Annual report of the Punjab Veterinary College and of the Civil Veterinary Department, Punjab - 1920-1925
Year: 1920
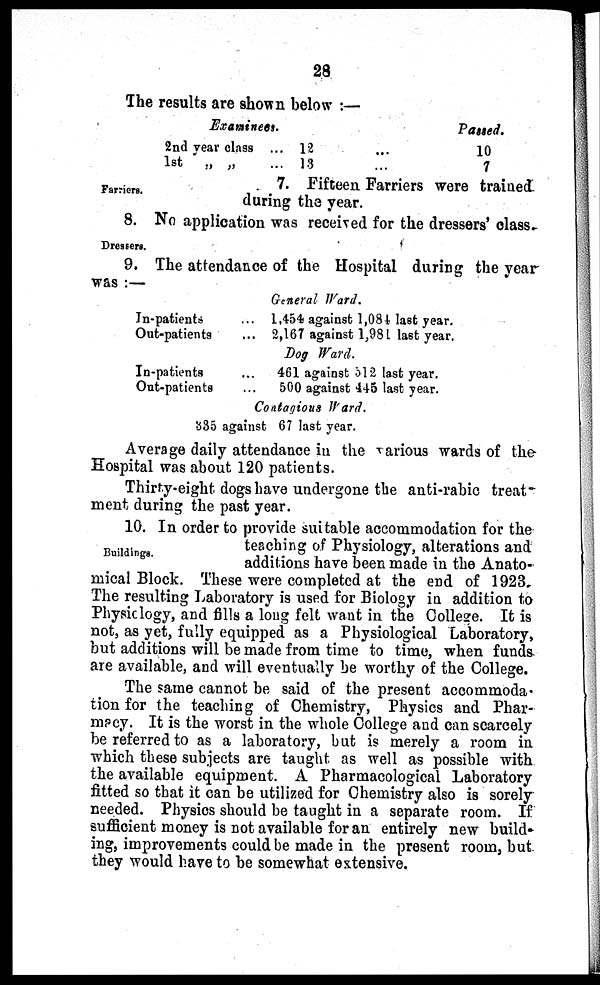
28
The results are shown below :—
Examinees.
2nd year class ...
1st „ „ ...
12 ...
13 ...
Passed.
10
7
Farriers.
7. Fifteen Farriers were trained
during the year.
Dressers.
8. No application was received for the dressers' class-
9. The attendance of the Hospital during the year
was :—
In-patients
Out-patients
In-patients
Out-patients
General Ward.
... 1,454 against 1,081 last year.
... 2,167 against 1,981 last year.
Dog Ward.
... 461 against 512 last year.
... 500 against 445 last year.
Contagious Ward.
335 against 67 last year.
Average daily attendance in the various wards of the
Hospital was about 120 patients.
Thirty-eight dogs have undergone the anti-rabic treat-
ment during the past year.
Buildings.
10. In order to provide suitable accommodation for the
teaching of Physiology, alterations and
additions have been made in the Anato-
mical Block. These were completed at the end of 1923.
The resulting Laboratory is used for Biology in addition to
Physic logy, and fills a long felt want in the College. It is
not, as yet, fully equipped as a Physiological Laboratory,
but additions will be made from time to time, when funds
are available, and will eventually be worthy of the College.
The same cannot be said of the present accommoda-
tion for the teaching of Chemistry, Physics and Phar-
macy. It is the worst in the whole College and can scarcely
be referred to as a laboratory, but is merely a room in
which these subjects are taught as well as possible with
the available equipment. A Pharmacological Laboratory
fitted so that it can be utilized for Chemistry also is sorely
needed. Physics should be taught in a separate room. If
sufficient money is not available for an entirely new build-
ing, improvements could be made in the present room, but
they would have to be somewhat extensive.